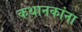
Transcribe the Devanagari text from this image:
कथानकांना